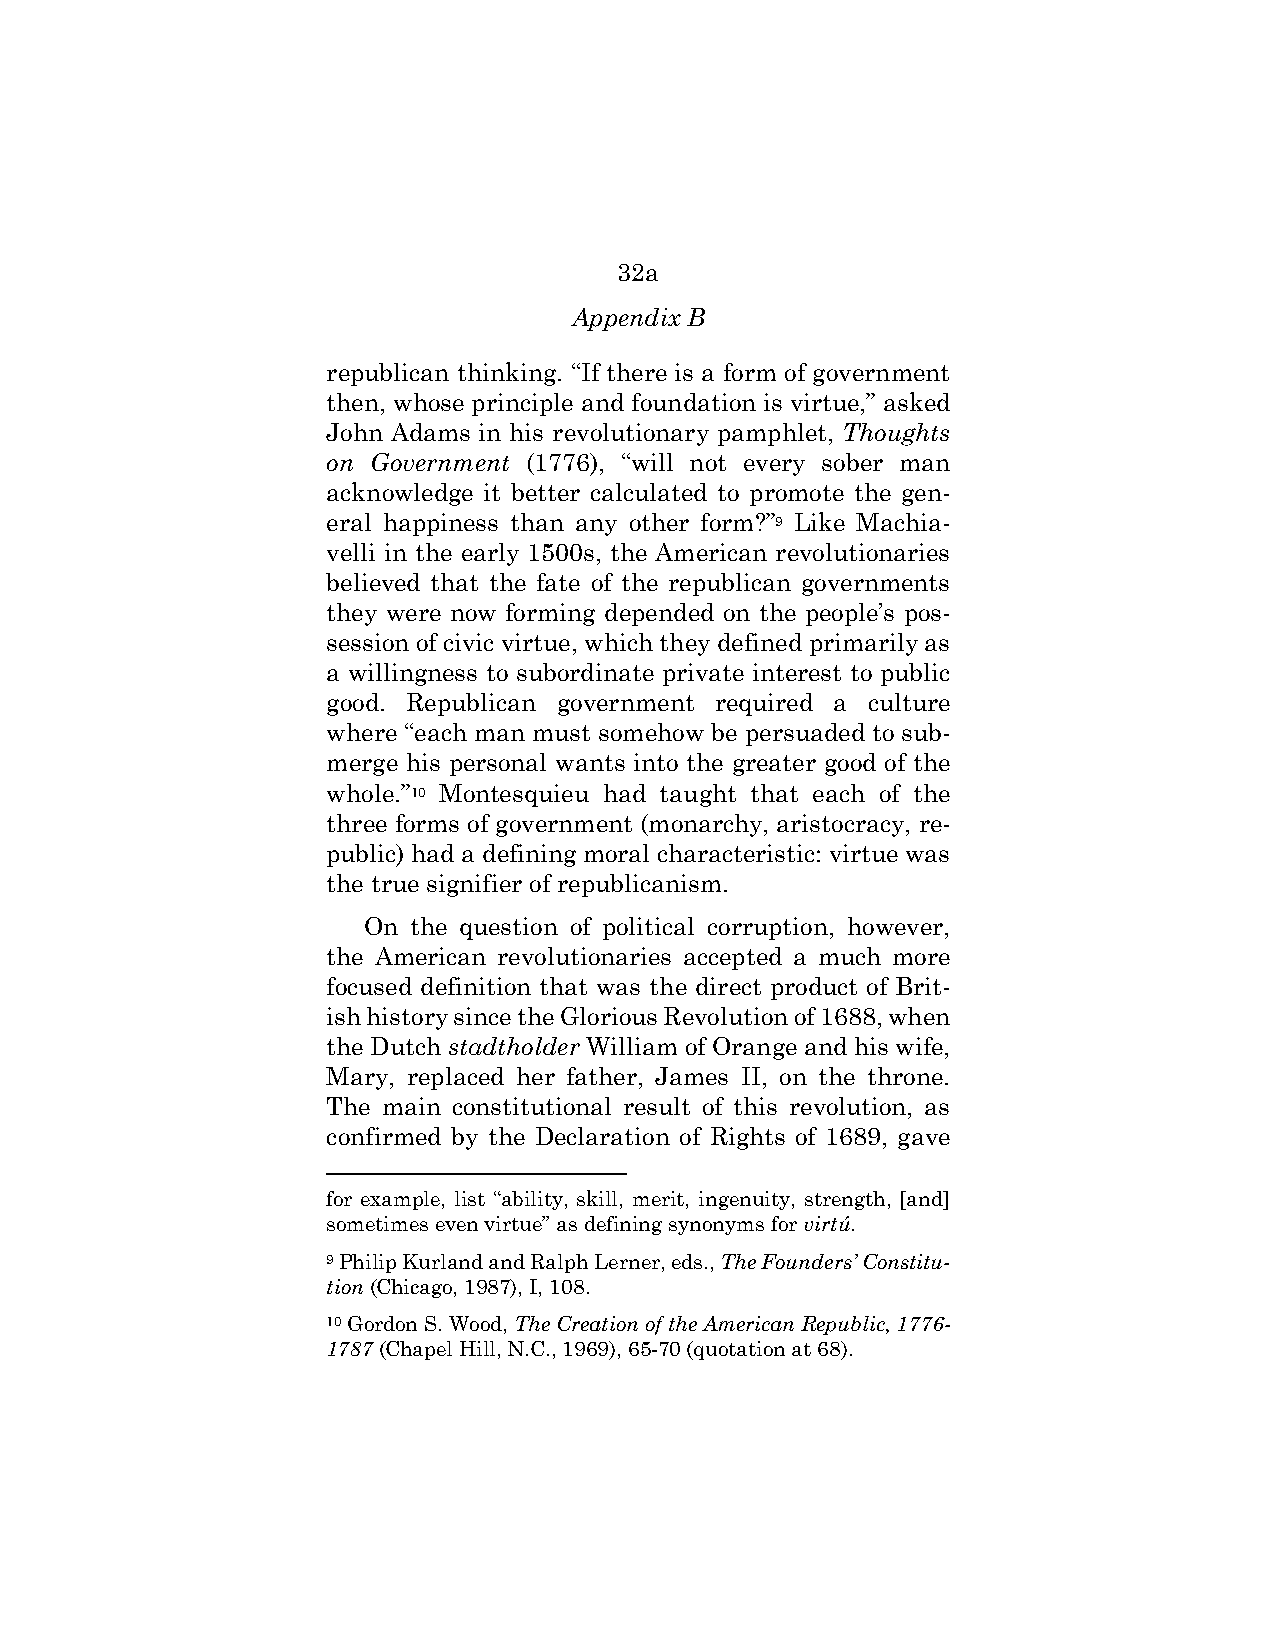
32a
 Appendix B
 republican thinking. “If there is a form of government
 then, whose principle and foundation is virtue,” asked
 John Adams in his revolutionary pamphlet, Thoughts
 on Government (1776), “will not every sober man
 acknowledge it better calculated to promote the gen-
 eral happiness than any other form?”9 Like Machia-
 velli in the early 1500s, the American revolutionaries
 believed that the fate of the republican governments
 they were now forming depended on the people’s pos-
 session of civic virtue, which they defined primarily as
 a willingness to subordinate private interest to public
 good. Republican government required a culture
 where “each man must somehow be persuaded to sub-
 merge his personal wants into the greater good of the
 whole.”10 Montesquieu had taught that each of the
 three forms of government (monarchy, aristocracy, re-
 public) had a defining moral characteristic: virtue was
 the true signifier of republicanism.
 On the question of political corruption, however,
 the American revolutionaries accepted a much more
 focused definition that was the direct product of Brit-
 ish history since the Glorious Revolution of 1688, when
 the Dutch stadtholder William of Orange and his wife,
 Mary, replaced her father, James II, on the throne.
 The main constitutional result of this revolution, as
 confirmed by the Declaration of Rights of 1689, gave
 for example, list “ability, skill, merit, ingenuity, strength, [and]
 sometimes even virtue” as defining synonyms for virtú.
 9 Philip Kurland and Ralph Lerner, eds., The Founders’ Constitu-
 tion (Chicago, 1987), I, 108.
 10 Gordon S. Wood, The Creation of the American Republic, 1776-
 1787 (Chapel Hill, N.C., 1969), 65-70 (quotation at 68).